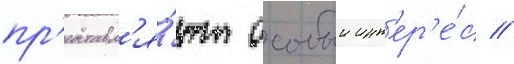
пр'едставл'я́ют особыи инт'ер'е́с //